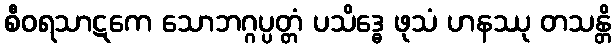
စီဝရသာဋကေ သောဘဂ္ဂပ္ပတ္တံ ပသိဒ္ဓေ ဖုသံ ဟနဿု တသန္တိ